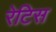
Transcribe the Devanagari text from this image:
रेटिस